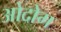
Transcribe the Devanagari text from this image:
ओदोम